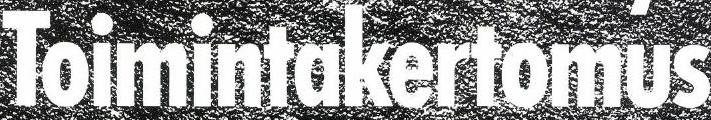
Toimintakertomus